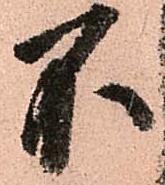
不